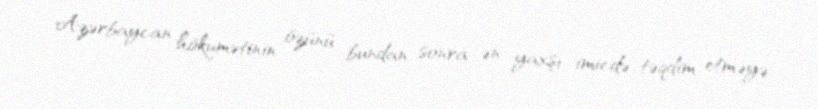
Azərbaycan hökumətinin özünü bundan sonra ən yaxşı imicdə təqdim etməyə